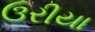
ઉરીયા